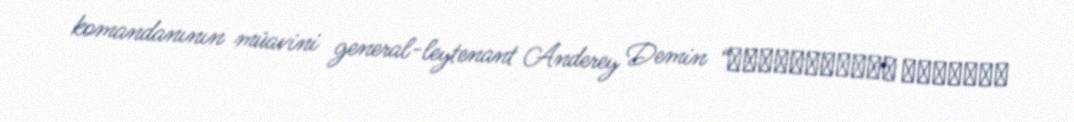
komandanının müavini general-leytenant Anderey Demin “Независимое военное